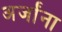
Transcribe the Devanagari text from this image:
अर्जांना